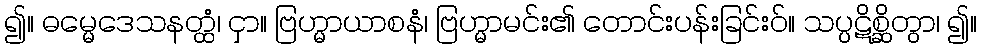
၍။ ဓမ္မေဒေသနတ္ထံ၊ ငှာ။ ဗြဟ္မာယာစနံ၊ ဗြဟ္မာမင်း၏ တောင်းပန်းခြင်းဝ်။ သပ္ပဋိစ္ဆိတွာ၊ ၍။